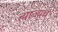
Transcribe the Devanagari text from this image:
त्याज्यच